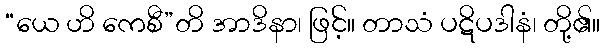
“ယေ ဟိ ကေစီ”တိ အာဒိနာ၊ ဖြင့်။ တာသံ ပဋိပဒါနံ၊ တို့၏။